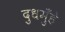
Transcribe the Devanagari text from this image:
दुधमुँहे